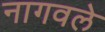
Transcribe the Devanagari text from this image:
नागवले